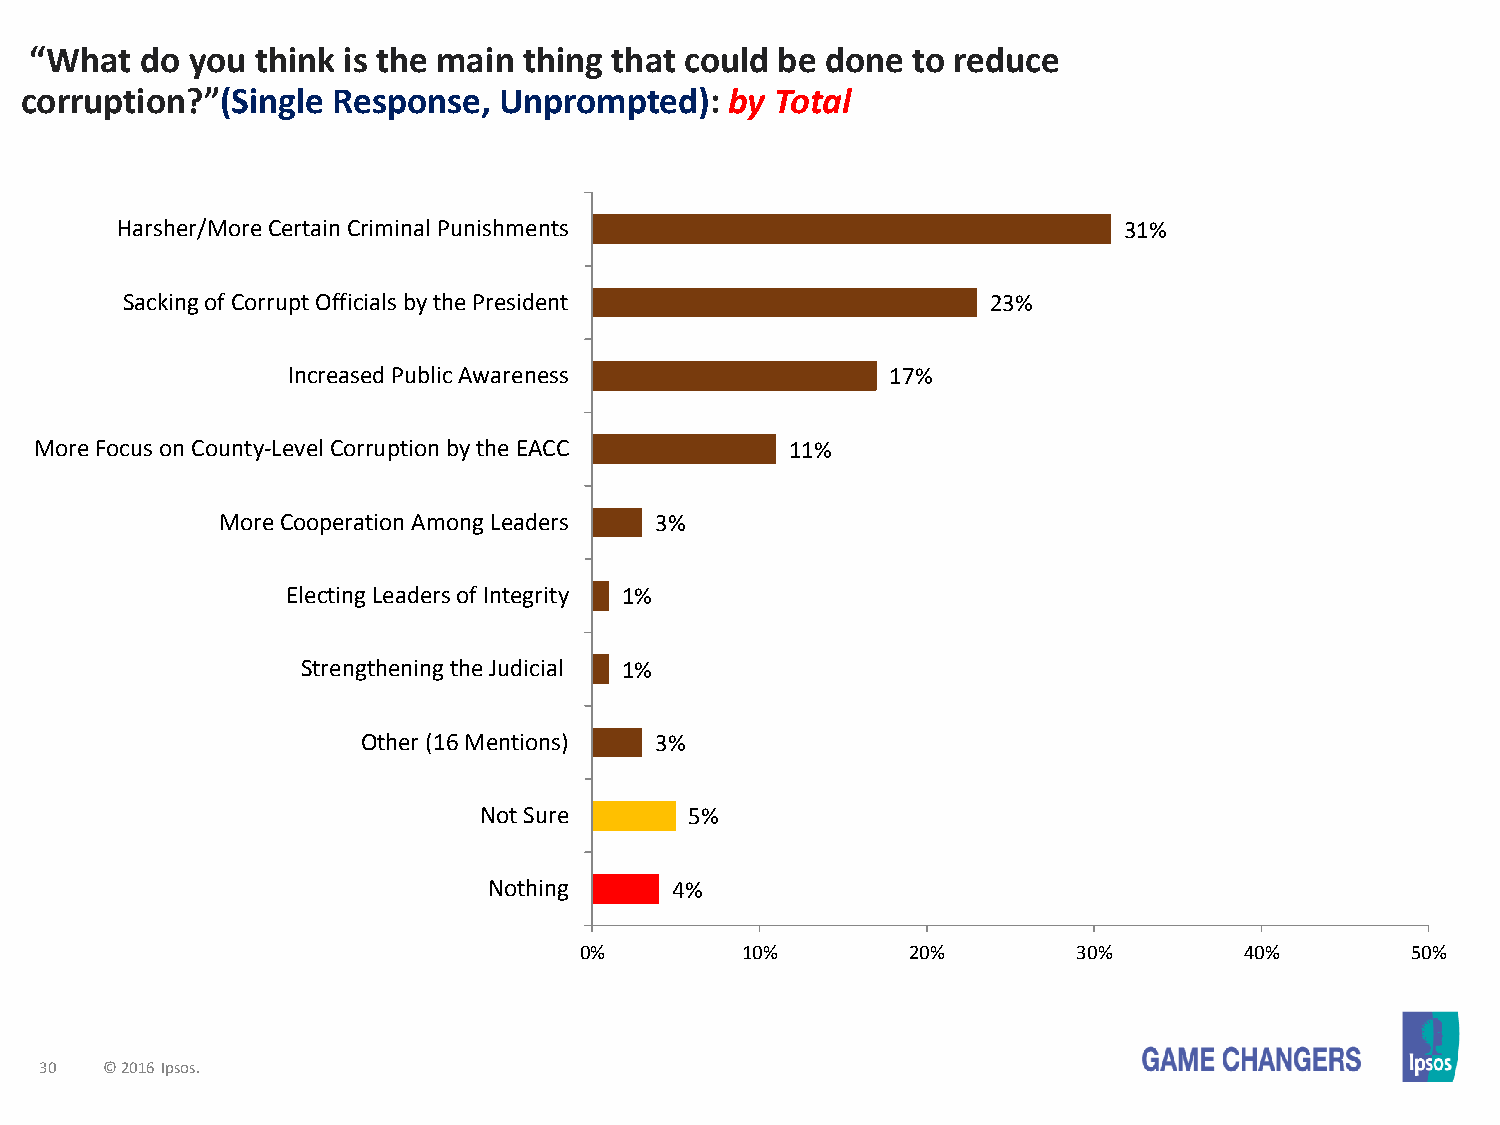
“What  do you  think is the main thing that could be done to reduce
 corruption?”(Single  Response,  Unprompted):   by Total
 Harsher/More Certain Criminal Punishments                         31%
 Sacking of Corrupt Officials by the President             23%
 Increased Public Awareness              17%
 More Focus on County-Level Corruption by the EACC 11%
 More Cooperation Among Leaders 3%
 Electing Leaders of Integrity 1%
 Strengthening the Judicial 1%
 Other (16 Mentions) 3%
 Not Sure      5%
 Nothing     4%
 0%         10%        20%        30%        40%        50%
 30  © 2016 Ipsos.